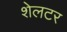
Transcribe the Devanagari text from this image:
शेलटर